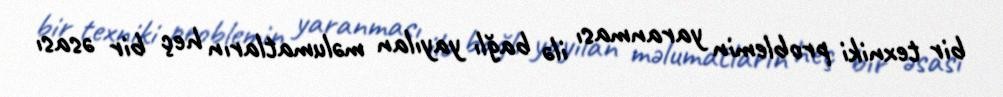
bir texniki problemin yaranması ilə bağlı yayılan məlumatların heç bir əsası